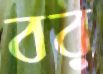
বর